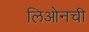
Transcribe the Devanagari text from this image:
लिओनची